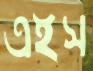
এইস